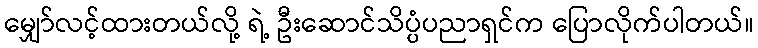
မျှော်လင့်ထားတယ်လို့ ရဲ့ ဦးဆောင်သိပ္ပံပညာရှင်က ပြောလိုက်ပါတယ်။